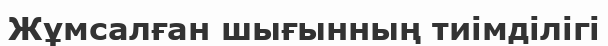
Жұмсалған шығынның тиімділігі